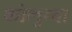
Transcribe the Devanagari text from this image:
कोलुम्बा